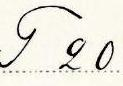
T 20